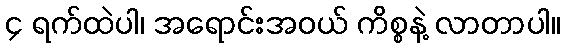
၄ ရက်ထဲပါ၊ အရောင်းအဝယ် ကိစ္စနဲ့ လာတာပါ။